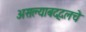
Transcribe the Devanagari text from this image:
असल्याबद्दलचे